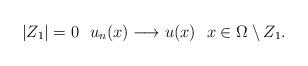
LaTeX: \begin{align*}|Z_1|=0~~ u_n(x)\longrightarrow u(x)~~ x\in \Omega\setminus Z_1.\end{align*}